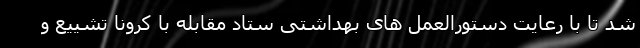
شد تا با رعایت دستورالعمل های بهداشتی ستاد مقابله با کرونا تشییع و